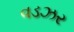
વડઝર